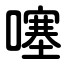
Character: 噻